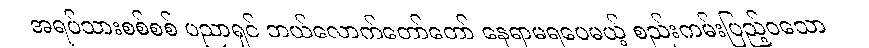
အရပ်သားစစ်စစ် ပညာရှင် ဘယ်လောက်တော်တော် နေရာမရပေမယ့် စည်းကမ်းပြည့်ဝသော